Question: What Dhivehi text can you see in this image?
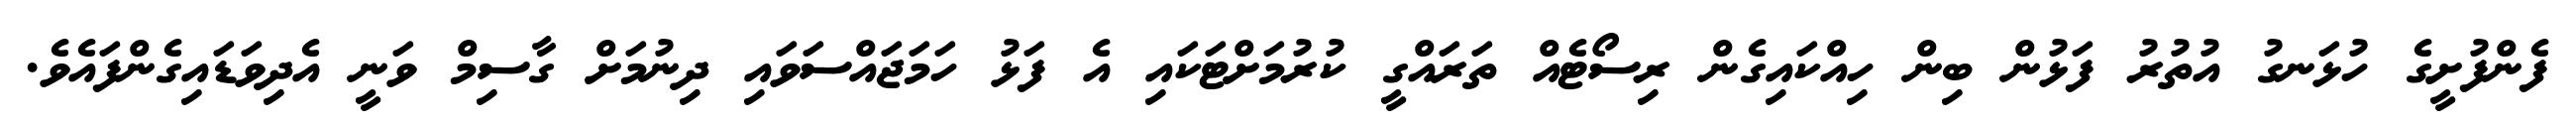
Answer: ފެންފުށީގެ ހުޅަނގު އުތުރު ފަޅުން ބިން ހިއްކައިގެން ރިސޯޓެއް ތަރައްގީ ކުރުމަށްޓަކައި އެ ފަޅު ހަމަޖައްސަވައި ދިނުމަށް ގާސިމް ވަނީ އެދިވަޑައިގެންފައެވެ.